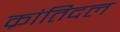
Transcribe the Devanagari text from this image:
क्रांतिदल